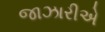
જાઝારીએ